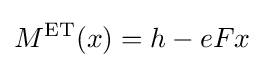
M^{\mathrm {ET} }(x)=h-eFx